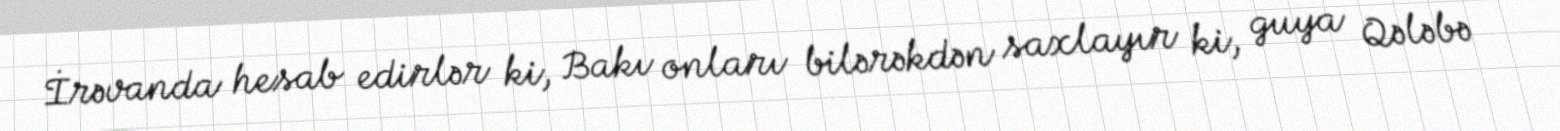
İrəvanda hesab edirlər ki, Bakı onları bilərəkdən saxlayır ki, guya Qələbə